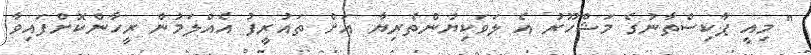
" މިއީ ޕާކިސްތާނުގެ މަޝްހޫރު އެ ލަވަކިޔުންތެރިޔާ އަށް ތައުރީފު އެއްލަމުން ރީހާންކޮށްފައިވާ